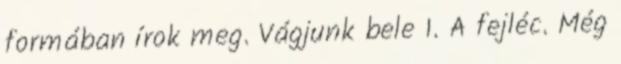
formában írok meg. Vágjunk bele 1. A fejléc. Még